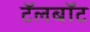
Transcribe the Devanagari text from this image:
टॅलबॉट